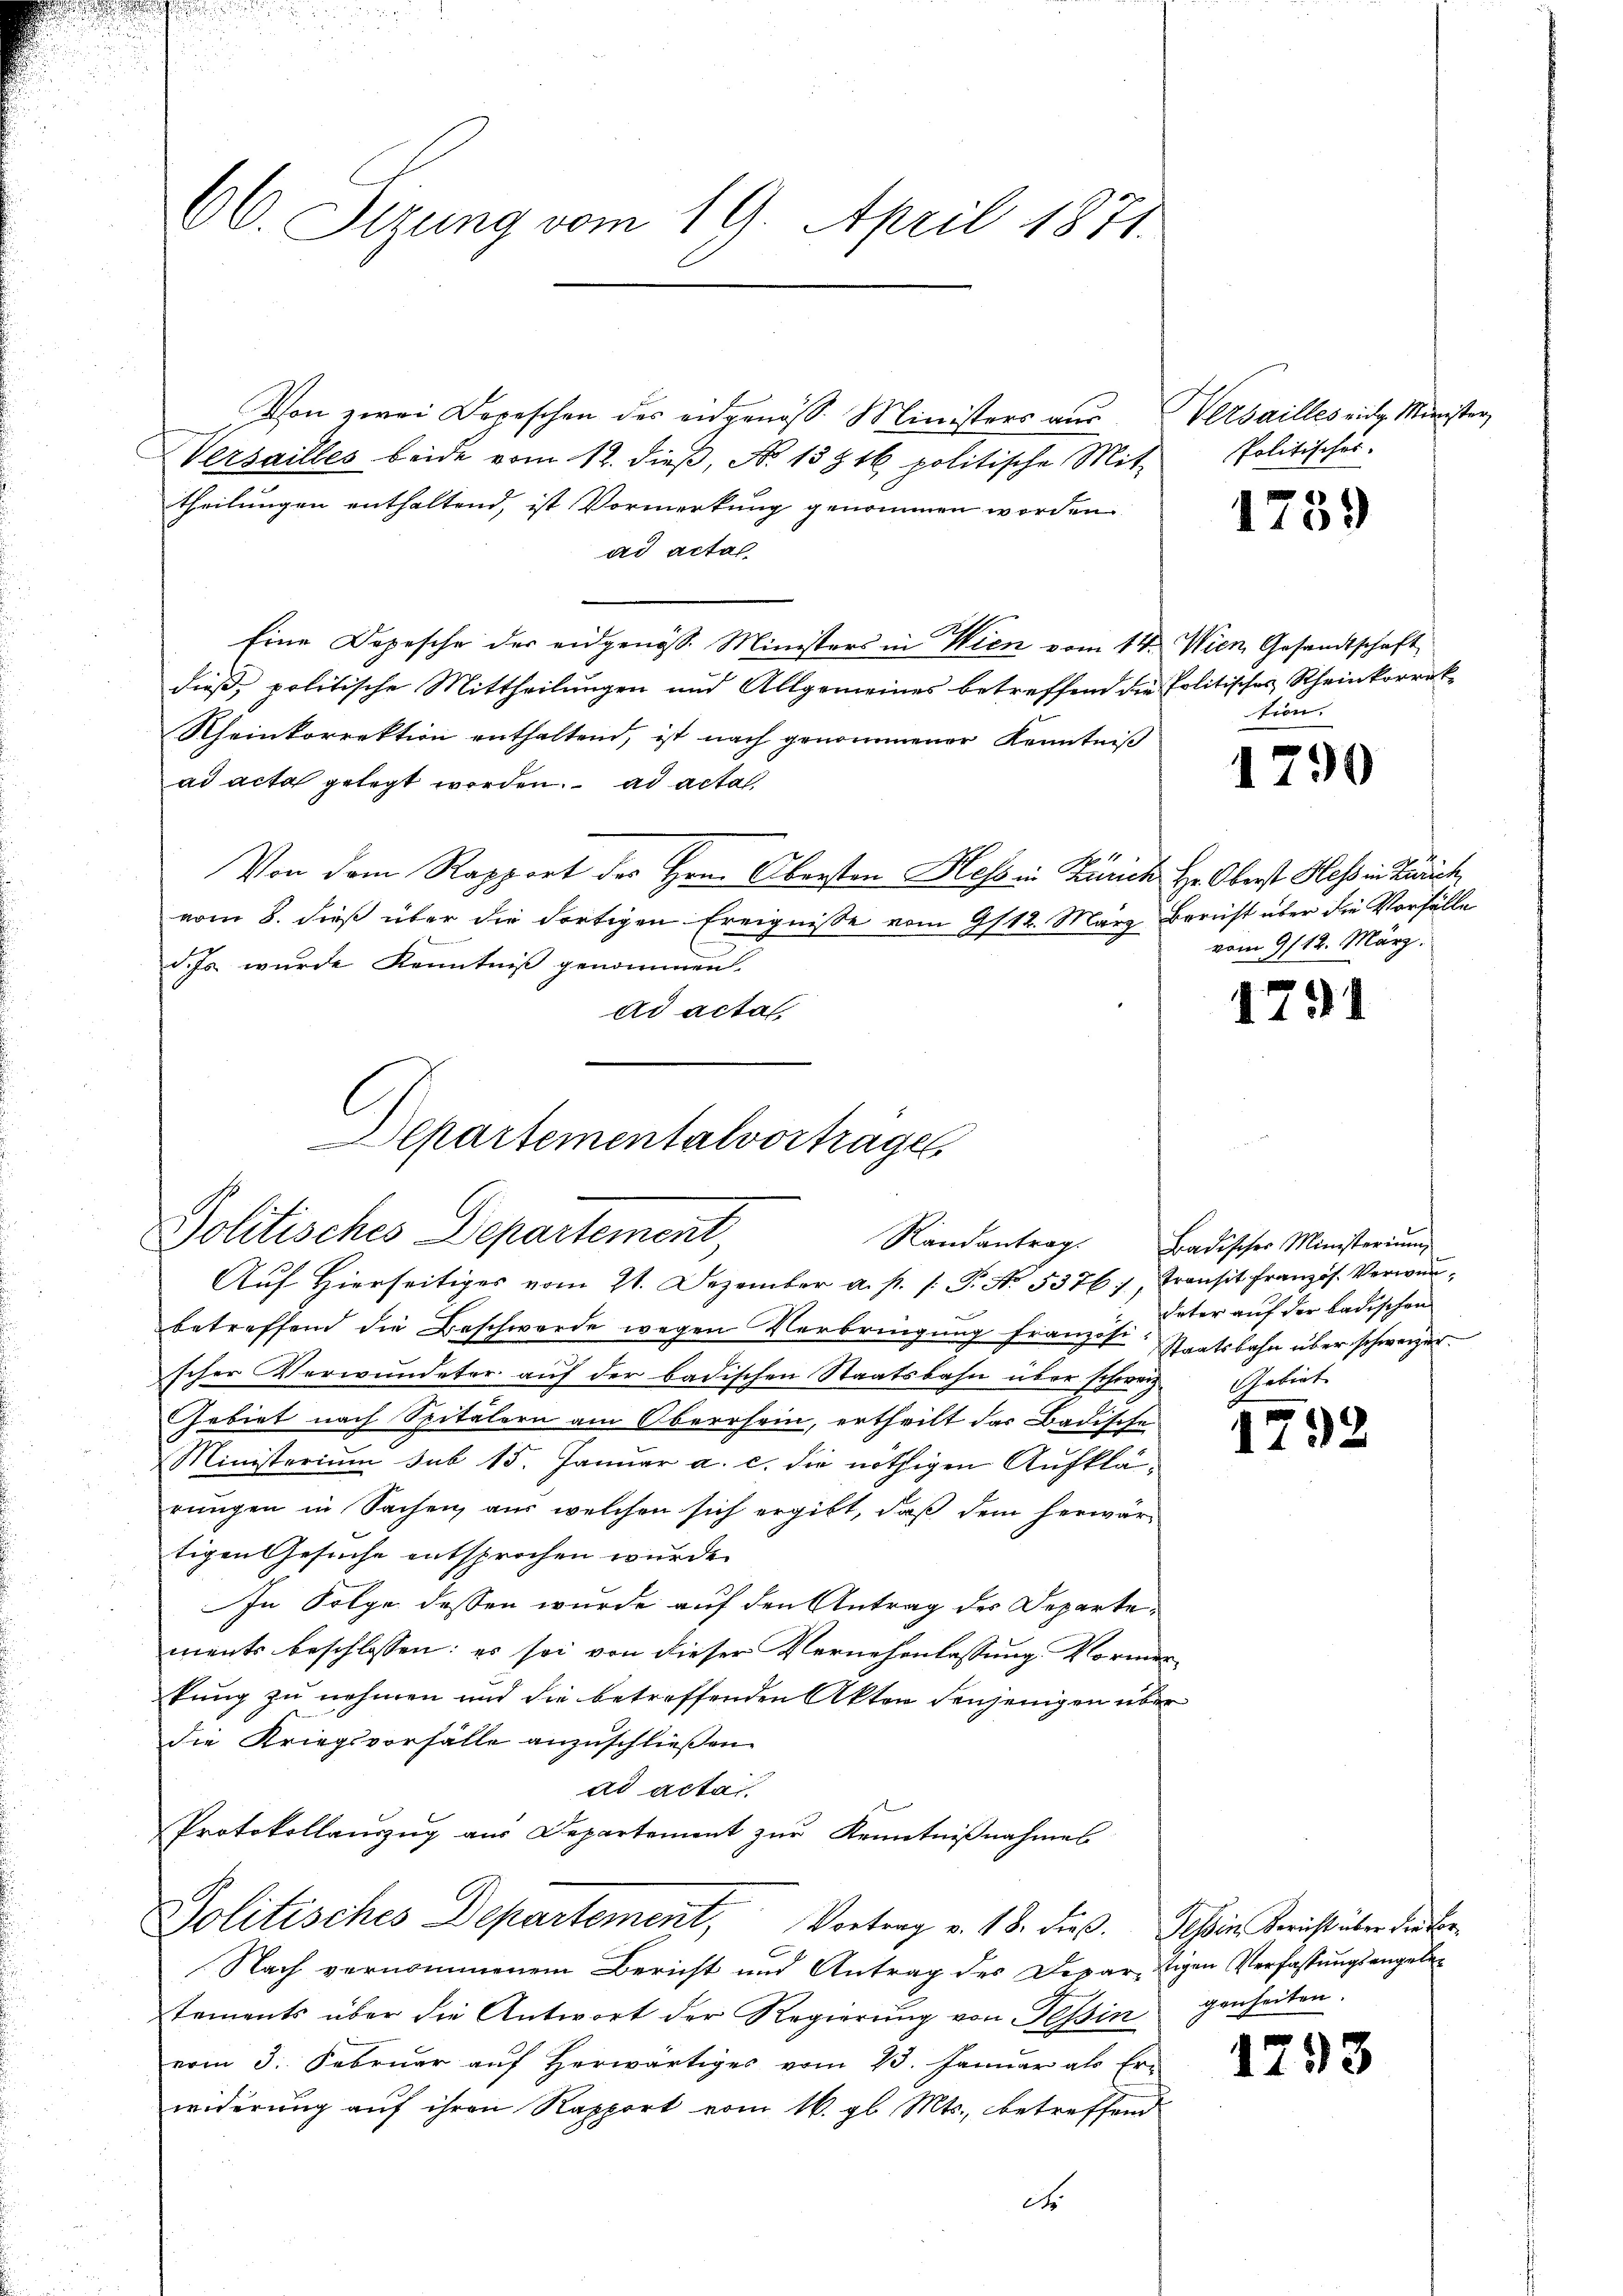
Von zwei Depeschen des eidgenöss. Ministers zŭr Versailles eidg. Minister
Versailles beide vom 12. dieβ, No. 13816 politische Mit-
theilungen enthaltend, ist Vormerkung genommen worden
ad actal
Eine Depesche der eidgenöss. Ministers in Wien vom 14. Wien Gesandtschaft
dieß, politische Mittheilungen und Allgemeines betreffend die Politisches Rheinkorrek¬
Rheinkorrektion enthaltend, ist nach genommener Kenntniß
ad acta gelegt worden. ad acta,
Von dem Rapport des Hrn. Obersten Hess in Zürich Hr. Oberst Hess in Zürich
vom 8. dieß über die dortigen Ereignisse vom 9/12. März Bernst über die Vorfälle
d. Js. wurde Kenntniß genommen.
ad acta.

66. Sizung vom 19. April 1871.

Departementalvortrage
Politisches Departement,
Randantrag.
Auf Hierseitiges vom 21. Dezember a. p. 1. P. Nr. 5376, Transit Französ. Verwun¬

betreffend die Beschwerde wegen Verbringŭng französ. Staatsbahn über schwerzer
scher Verwundeter auf der badischen Staatsbahn über schweiz.
Gebiet nach Spitälern am Oberrhein, ertheilt das Badische
Ministerium sub 15. Januar a. c. die nöthigen Aufklärungen in Sachen, aus welchen sich ergibt, daß dem herwär-
tigen Gesuche entsprochen wurde.
In Folge dessen wurde auf den Antrag des Departements beschlossen: es sei von dieser Vernehmlassung. Vormerkung zu nehmen und die betreffenden Akten denjenigen über
die Kriegsvorfälle anzuschließen.
ad actai
Protokollauszug aus Departement zur Kenntnißnahmes
Politisches Departement, Vortrag v. 18. dieß. Tessin, Bericht über der Er¬
Nach vernommenem Bericht und Antrag des Departigen Verfassungsangeben
taments über die Antwort der Regierŭng von Tessin genheiten.
vom 3. Februar aŭf herwärtiges vom 13. Janŭar als Er-
widerung auf ihren Rapport vom 16. gl. Mts., betreffend
d

Politisches.

1739

tion.

1790

vom 9/12. März.

1791

Badischer Ministerium
Veter auf der badischen
Vebiete

1792

1298